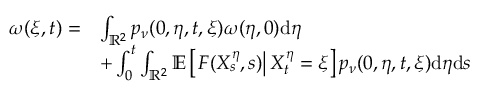
\begin{array} { r l } { \omega ( \xi , t ) = } & { \int _ { \mathbb { R } ^ { 2 } } p _ { \nu } ( 0 , \eta , t , \xi ) \omega ( \eta , 0 ) \mathrm { d } \eta } \\ & { + \int _ { 0 } ^ { t } \int _ { \mathbb { R } ^ { 2 } } \mathbb { E } \left[ \left. F ( X _ { s } ^ { \eta } , s ) \right| X _ { t } ^ { \eta } = \xi \right] p _ { \nu } ( 0 , \eta , t , \xi ) \mathrm { d } \eta \mathrm { d } s } \end{array}